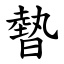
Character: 暬